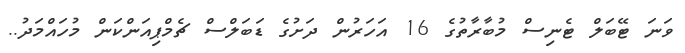
ވަނަ ޓޭބަލް ޓެނިސް މުބާރާތުގެ 16 އަހަރުން ދަށުގެ ޑަބަލްސް ޗެމްޕިއަންކަން މުހައްމަދު..